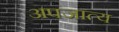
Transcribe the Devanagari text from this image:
अपजात्य